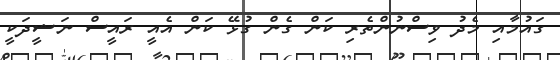
ގައުމާއި މެދު ވިސްނުންތެެރި ކަން ގެން ގުޅޭ ކަން އެއީ ރައީސް ނަޝީދަކީ